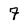
Character: 7